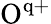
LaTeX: \mathrm{O^{q+}}